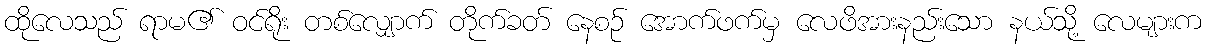
ထိုလေသည် ရာမ၏ ဝင်ရိုး တစ်လျှောက် တိုက်ခတ် နေစဉ် အောက်ဖက်မှ လေဖိအားနည်းသော နယ်သို့ လေများက